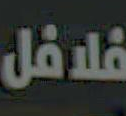
فلافل